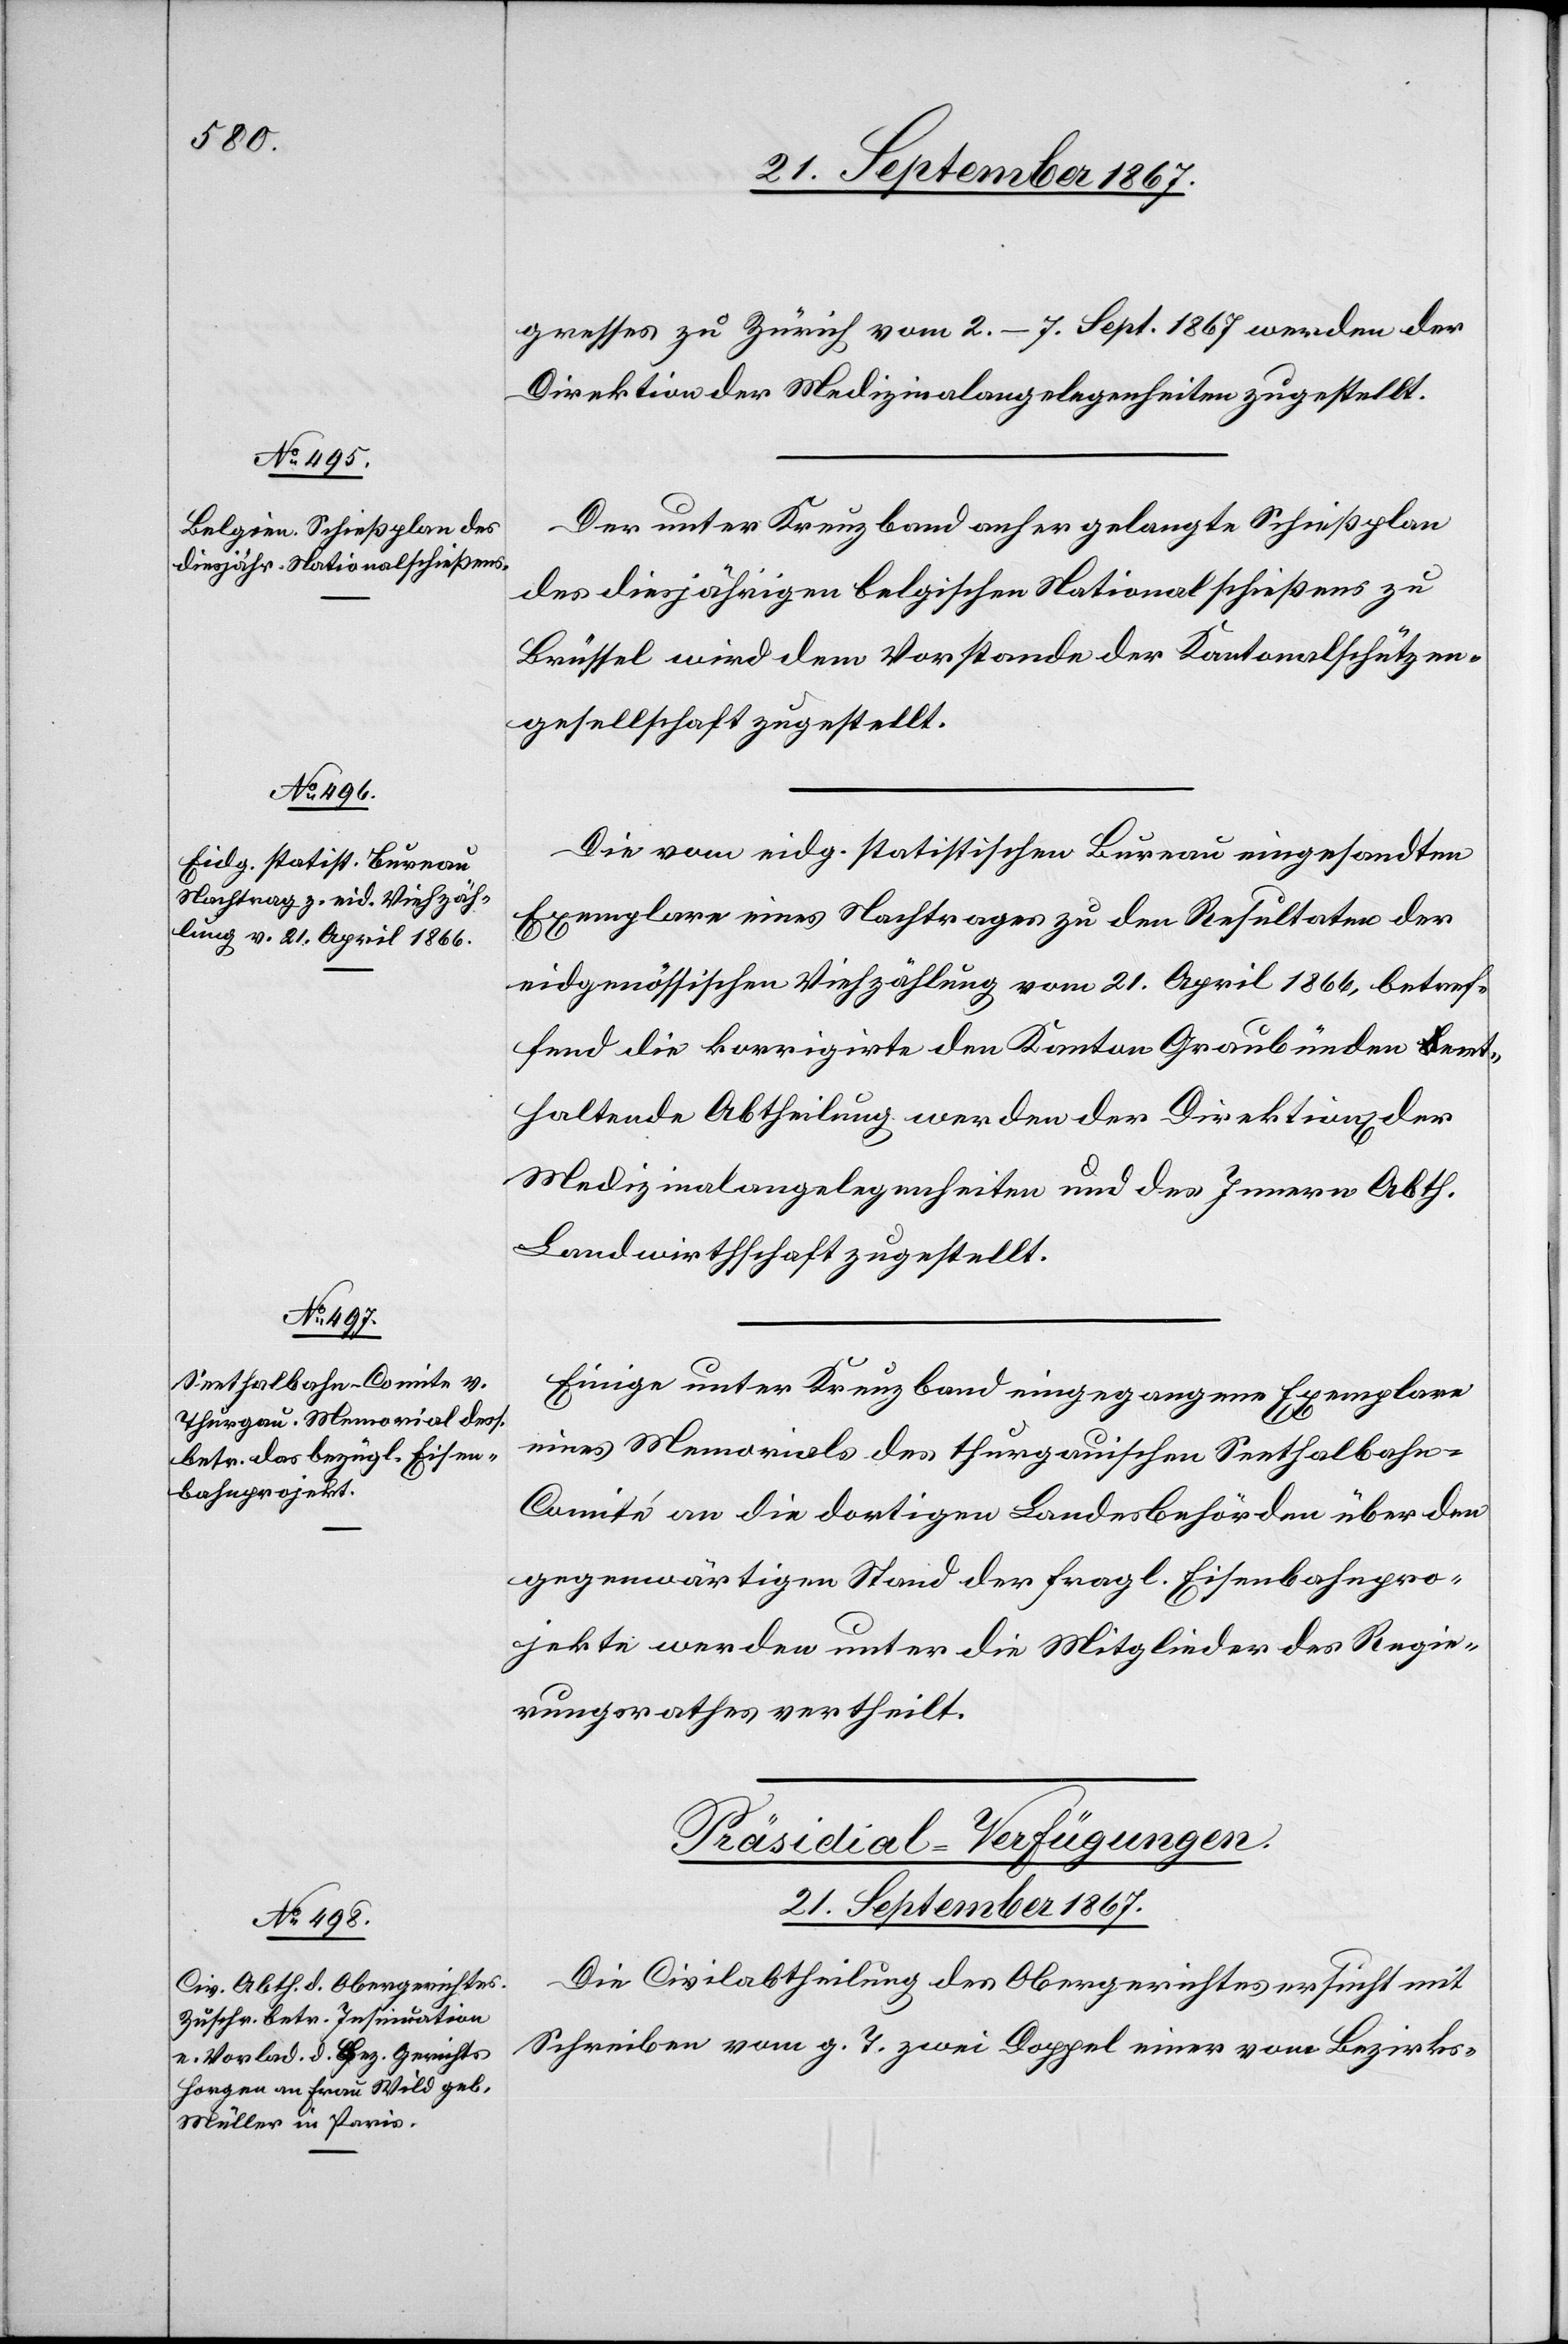
21. September 1867.
gresses zu Zürich vom 2.–7. Sept. 1867 werden der
Direktion der Medizinalangelegenheiten zugestellt.
Der unter Kreuzband anhergelangte Schießplan
des diesjährigen belgischen Nationalschießens zu
Brüssel wird dem Vorstande der Kantonalschützen¬
gesellschaft zugestellt.
Die vom eidg. statistischen Bureau eingesandten
Exemplare eines Nachtrages zu den Resultaten der
eidgenössischen Viehzählung vom 21. April 1866, betref¬
fend die korrigirte den Kanton Graubünden ent¬
haltende Abtheilung werden der Direktionen der
Medizinalangelegenheiten und des Innern Abth.
Landwirthschaft zugestellt.
Einige unter Kreuzband eingegangene Exemplare
eines Memorial des thurgauischen Seethalbahn-C¬
omité an die dortigen Landesbehörden über den
gegenwärtigen Stand der fragl. Eisenbahnpro¬
jekte werden unter die Mitglieder des Regie¬
rungsrathes vertheilt.
Präsidial-Verfügungen.
Die Civilabtheilung des Obergerichtes ersucht mit
Schreiben vom g. T. zwei Doppel einer vom Bezirks-